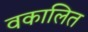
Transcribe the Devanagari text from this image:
वकालित